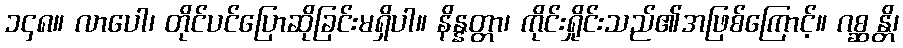
၁၄၈။ လာပေါ၊ တိုင်ပင်ပြောဆိုခြင်းမရှိပါ။ နိန္နတ္တာ၊ ကိုင်းရှိုင်းသည်၏အဖြစ်ကြောင့်။ ဂစ္ဆန္တိ၊